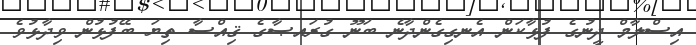
އިސްލާމް ދީނުގެ ފުޅާކަން އެނގިގެންދާނެ ބަނޫ ގުރައޞާގެ ޤިއްސާ ތިޔަ ބޭފުޅުން ވިދާޅުވެ